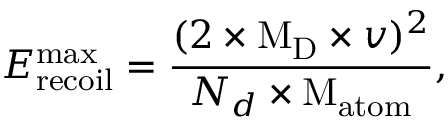
E _ { \mathrm { r e c o i l } } ^ { \mathrm { m a x } } = \frac { ( 2 \times \mathrm { M _ { D } } \times v ) ^ { 2 } } { N _ { d } \times \mathrm { M _ { a t o m } } } ,